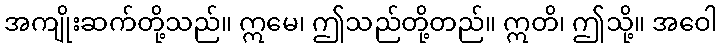
အကျိုးဆက်တို့သည်။ ဣမေ၊ ဤသည်တို့တည်။ ဣတိ၊ ဤသို့။ အဝေါ